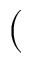
(